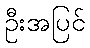
ဦးအပြင်